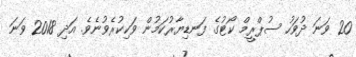
20 ވަނަ ދުވަހު ސުޕްރީމް ކޯޓުގެ ފަނޑިޔާރުކަމުން ވަކިކުރެވުނެވެ. އަދި 2018 ވަނަ